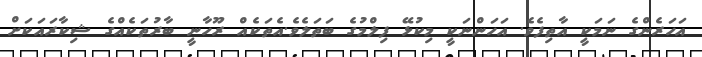
އަހަރެންގެ ނަމަކީ އާތިފެވެ. އަހަންނަކީ މިކުޅޭ ފިލްމުގެ ބަތަލެވެ.އެތަކެއް ރޫހާނީ ބާރުތަކެއްގެ ޝިކާރައަކަށް